Vaccination in Burma 1920-1933 - 1920-1933
Year: 1920
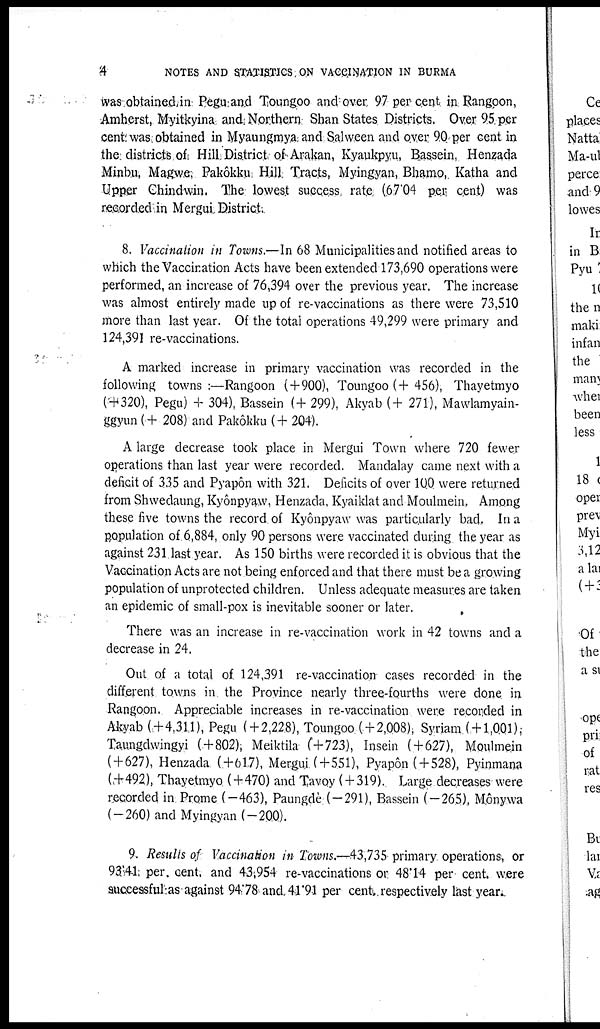
4
NOTES AND STATISTICS ON VACCINATION IN BURMA
was obtained in Pegu and Toungoo and over 97 per cent in Rangoon,
Amherst, Myitkyina and Northern Shan States Districts. Over 95 per
cent. was obtained in Myaungmya and Salween and over 90 per cent in
the districts of Hill District of Arakan, Kyaukpyu, Bassein, Henzada
Minbu Magwe, Pakôkku Hill Tracts, Myingyan, Bhamo, Katha and
Upper Chindwin. The lowest success rate (67.04 per cent) was
recorded in Mergui District.
8. Vaccination in Towns.—In 68 Municipalities and notified areas to
which the Vaccination Acts have been extended 173,690 operations were
performed, an increase of 76,394 over the previous year. The increase
was almost entirely made up of re-vaccinations as there were 73,510
more than last year. Of the total operations 49,299 were primary and
124,391 re-vaccinations.
A marked increase in primary vaccination was recorded in the
following towns :—Rangoon ( + 900), Toungoo (+456), Thayetmyo
( + 320), Pegu) + 304), Bassein ( + 299), Akyab (+ 271), Mawlamyain-
ggyun (+ 208) and Pakôkku ( + 204).
A large decrease took place in Mergui Town where 720 fewer
operations than last year were recorded. Mandalay came next with a
deficit of 335 and Pyapôn with 321. Deficits of over 100 were returned
from Shwedaung, Kyônpyaw, Henzada, Kyaiklat and Moulmein, Among
these five towns the record of Kyônpyaw was particularly bad. In a
population of 6,884, only 90 persons were vaccinated during the year as
against 231 last year. As 150 births were recorded it is obvious that the
Vaccination Acts are not being enforced and that there must be a growing
population of unprotected children. Unless adequate measures are taken
an epidemic of small-pox is inevitable sooner or later.
There was an increase in re-vaccination work in 42 towns and a
decrease in 24.
Out of a total of 124,391 re-vaccination cases recorded in the
different towns in the Province nearly three-fourths were done in
Rangoon. Appreciable increases in re-vaccination were recorded in
Akyab ( + 4,311), Pegu ( + 2,228), Toungoo ( + 2,008), Syriam ( + 1,001),
Taungdwingyi ( + 802), Meiktila (+723), Insein ( + 627), Moulmein
( + 627), Henzada (+617), Mergui ( + 551), Pyapôn ( + 528), Pyinmana
(+492), Thayetmyo (+470) and Tavoy (+ 319). Large decreases were
recorded in Prome (—463), Paungdè (—291), Bassein (—265), Mônywa
(—260) and Myingyan (—200).
9. Results of Vaccination in Towns.—43,735 primary operations, or
93.41 per cent. and 43,954 re-vaccinations or 48.14 per cent. were
successful as against 94.78 and 41.91 per cent. respectively last year.